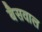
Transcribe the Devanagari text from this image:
बैसवाल